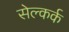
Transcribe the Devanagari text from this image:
सेल्कर्क